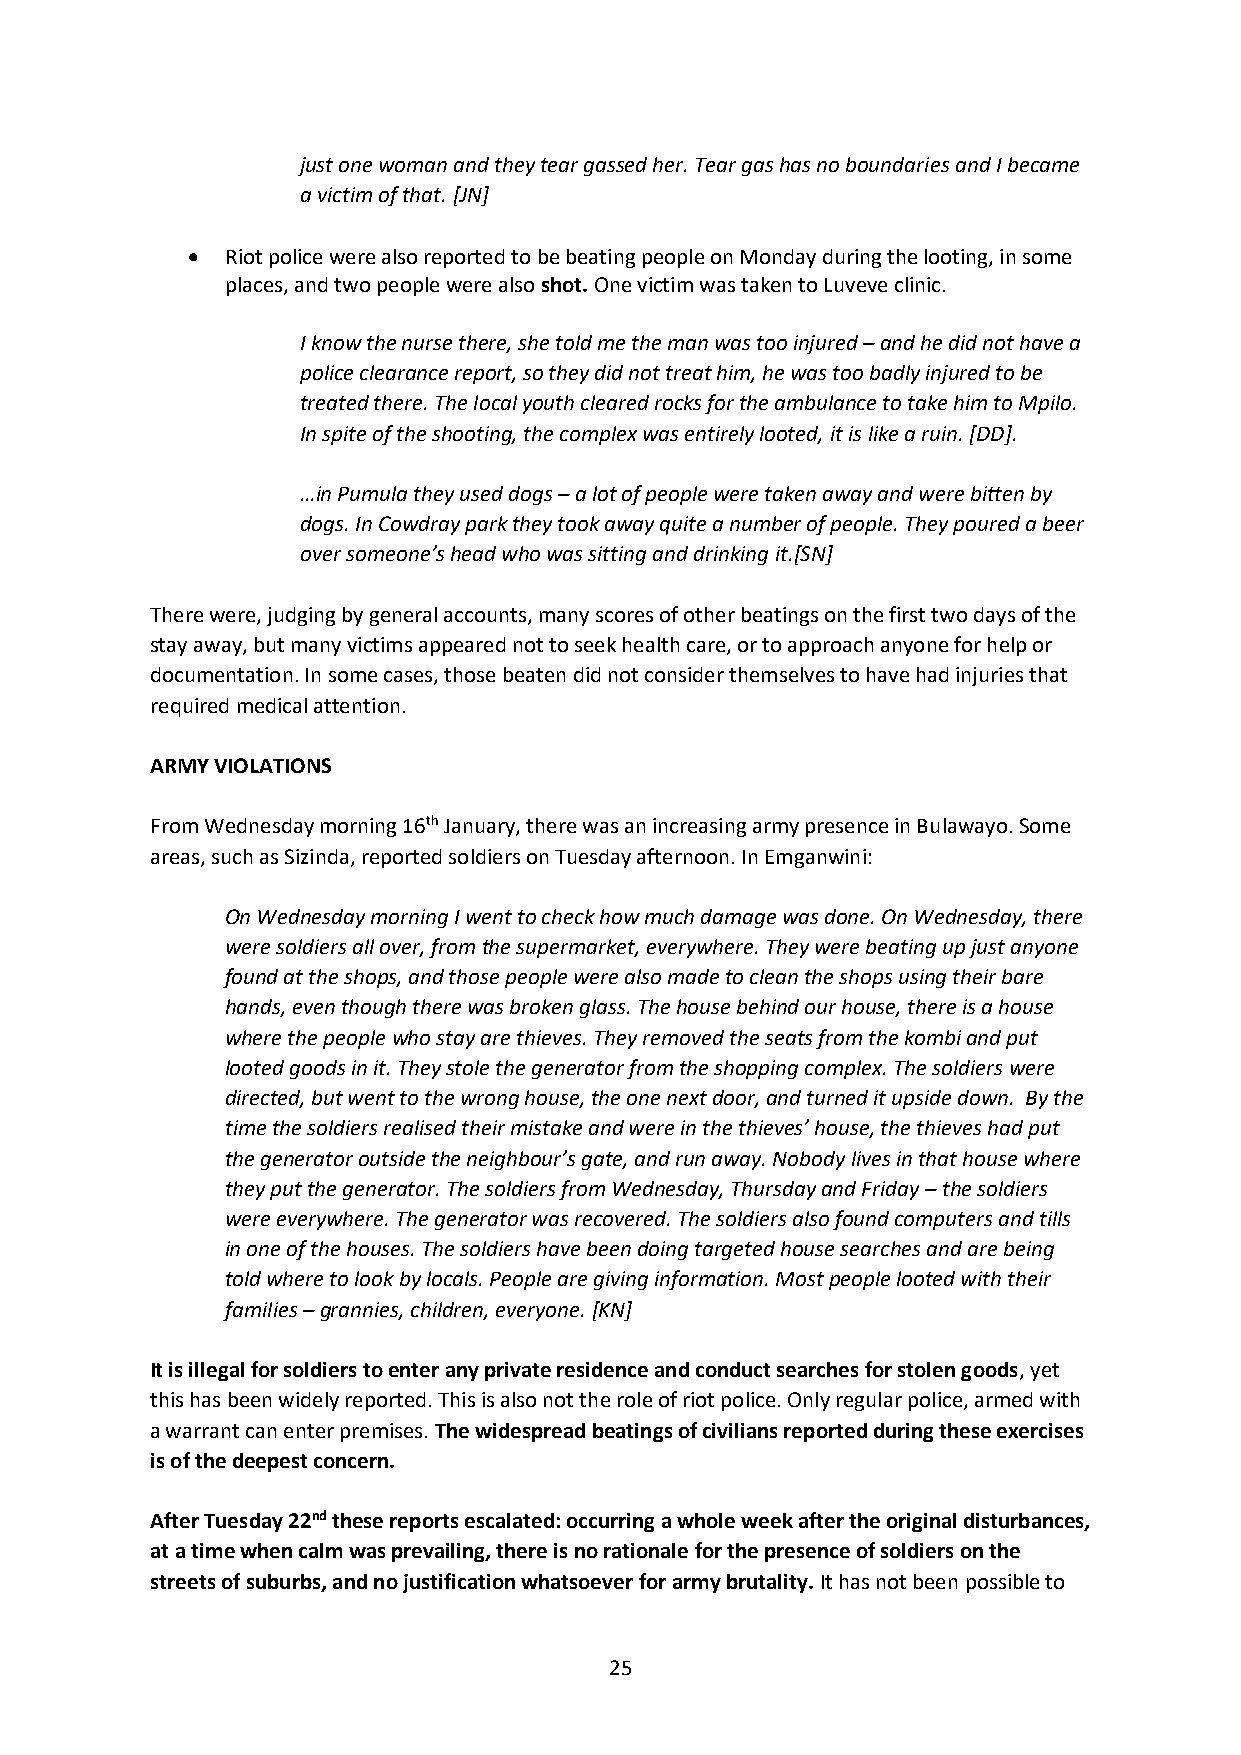
just one woman and they tear gassed her. Tear gas has no boundaries and I became
 a victim of that. [JN]
 •  Riot police were also reported to be beating people on Monday during the looting, in some
 places, and two people were also shot. One victim was taken to Luveve clinic.
 I know the nurse there, she told me the man was too injured – and he did not have a
 police clearance report, so they did not treat him, he was too badly injured to be
 treated there. The local youth cleared rocks for the ambulance to take him to Mpilo.
 In spite of the shooting, the complex was entirely looted, it is like a ruin. [DD].
 …in Pumula they used dogs – a lot of people were taken away and were bitten by
 dogs. In Cowdray park they took away quite a number of people. They poured a beer
 over someone’s head who was sitting and drinking it.[SN]
 There were, judging by general accounts, many scores of other beatings on the first two days of the
 stay away, but many victims appeared not to seek health care, or to approach anyone for help or
 documentation. In some cases, those beaten did not consider themselves to have had injuries that
 required medical attention.
 ARMY VIOLATIONS
 From Wednesday morning 16th January, there was an increasing army presence in Bulawayo. Some
 areas, such as Sizinda, reported soldiers on Tuesday afternoon. In Emganwini:
 On Wednesday morning I went to check how much damage was done. On Wednesday, there
 were soldiers all over, from the supermarket, everywhere. They were beating up just anyone
 found at the shops, and those people were also made to clean the shops using their bare
 hands, even though there was broken glass. The house behind our house, there is a house
 where the people who stay are thieves. They removed the seats from the kombi and put
 looted goods in it. They stole the generator from the shopping complex. The soldiers were
 directed, but went to the wrong house, the one next door, and turned it upside down. By the
 time the soldiers realised their mistake and were in the thieves’ house, the thieves had put
 the generator outside the neighbour’s gate, and run away. Nobody lives in that house where
 they put the generator. The soldiers from Wednesday, Thursday and Friday – the soldiers
 were everywhere. The generator was recovered. The soldiers also found computers and tills
 in one of the houses. The soldiers have been doing targeted house searches and are being
 told where to look by locals. People are giving information. Most people looted with their
 families – grannies, children, everyone. [KN]
 It is illegal for soldiers to enter any private residence and conduct searches for stolen goods, yet
 this has been widely reported. This is also not the role of riot police. Only regular police, armed with
 a warrant can enter premises. The widespread beatings of civilians reported during these exercises
 is of the deepest concern.
 After Tuesday 22nd these reports escalated: occurring a whole week after the original disturbances,
 at a time when calm was prevailing, there is no rationale for the presence of soldiers on the
 streets of suburbs, and no justification whatsoever for army brutality. It has not been possible to
 25